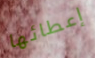
إعطائها